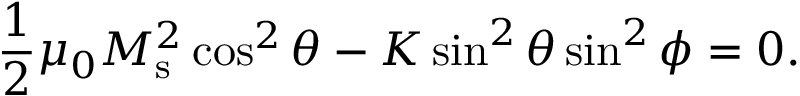
\frac { 1 } { 2 } \mu _ { 0 } M _ { \mathrm { s } } ^ { 2 } \cos ^ { 2 } \theta - K \sin ^ { 2 } \theta \sin ^ { 2 } \phi = 0 .